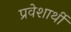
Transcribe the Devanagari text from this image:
प्रवेशार्थी